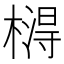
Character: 𣙵